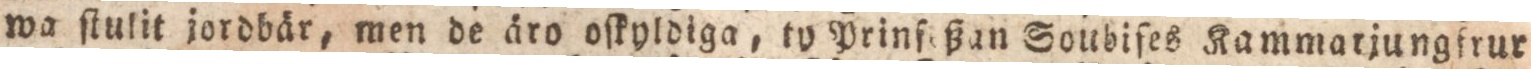
wa ſtulit jordbär, men de äro oſkyldiga, ty Prinf ßan Soubiſes Kammarjung frur